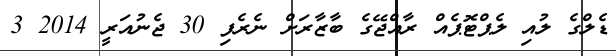
ޑެލްގެ ލުއި ލެޕްޓޮޕެއް ރާއްޖޭގެ ބާޒާރަށް ނެރެފި 30 ޖެނުއަރީ 2014 3